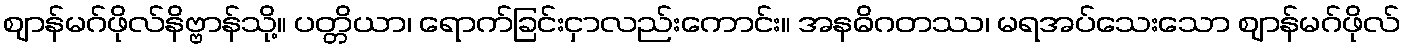
ဈာန်မဂ်ဖိုလ်နိဗ္ဗာန်သို့။ ပတ္တိယာ၊ ရောက်ခြင်းငှာလည်းကောင်း။ အနဓိဂတဿ၊ မရအပ်သေးသော ဈာန်မဂ်ဖိုလ်